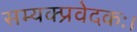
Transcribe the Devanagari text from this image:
सम्यक्प्रवेदकः।